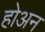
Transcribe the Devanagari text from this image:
होअन